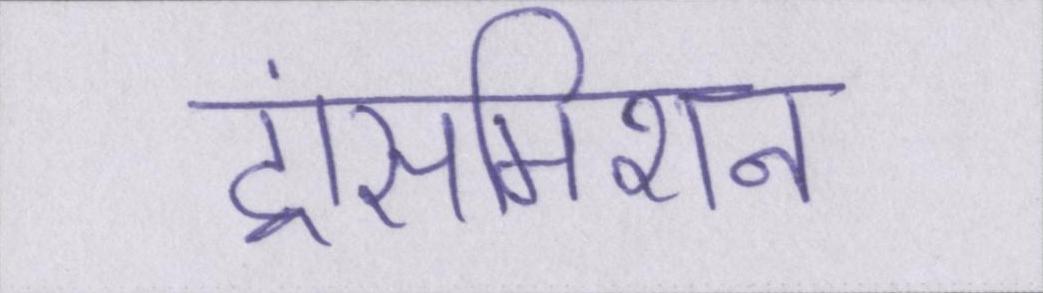
ट्रांसमिशन